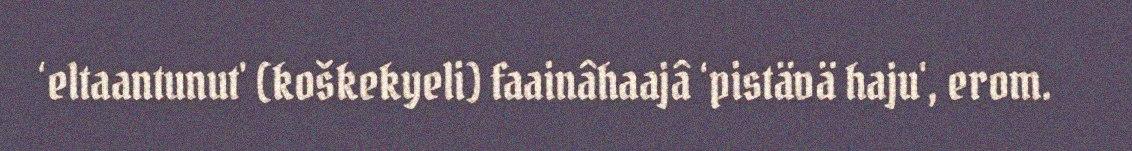
‘eltaantunut' (koškekyeli) faainâhaajâ ‘pistävä haju', erom.